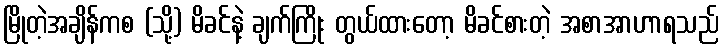
မြိုတဲ့အချိန်ကစ (သို့) မိခင်နဲ့ ချက်ကြိုး တွယ်ထားတော့ မိခင်စားတဲ့ အစာအာဟာရသည်